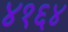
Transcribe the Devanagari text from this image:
४१६४